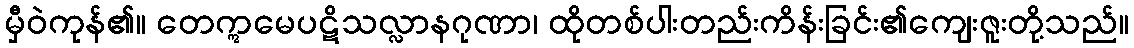
မှီဝဲကုန်၏။ တေဣမေပဋိသလ္လာနဂုဏာ၊ ထိုတစ်ပါးတည်းကိန်းခြင်း၏ကျေးဇူးတို့သည်။